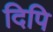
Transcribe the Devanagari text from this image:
दिपि